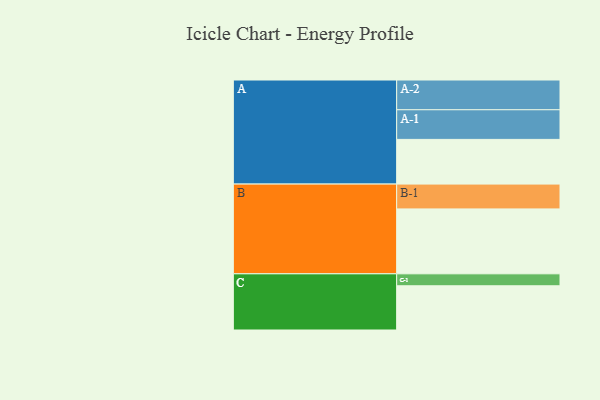
{"axis": {"x": "Segment", "y": "Value"}, "legend": ["", "A", "B", "C"], "data": [{"x": "A", "y": 389, "type": ""}, {"x": "B", "y": 565, "type": ""}, {"x": "C", "y": 385, "type": ""}, {"x": "A-1", "y": 258, "type": "A"}, {"x": "A-2", "y": 259, "type": "A"}, {"x": "B-1", "y": 216, "type": "B"}, {"x": "C-1", "y": 104, "type": "C"}]}